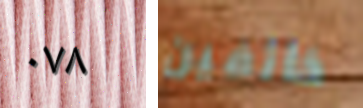
٠٧٨ خائفين